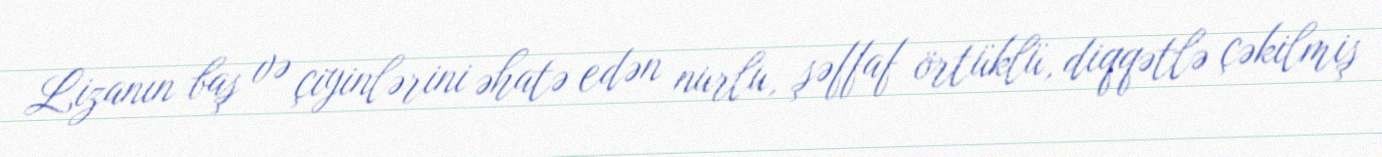
Lizanın baş və çiyinlərini əhatə edən nurlu, şəffaf örtüklü, diqqətlə çəkilmiş